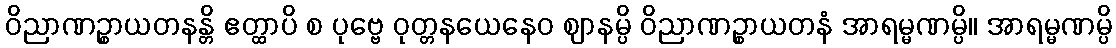
ဝိညာဏဉ္စာယတနန္တိ ဧတ္ထာပိ စ ပုဗ္ဗေ ဝုတ္တနယေနေဝ ဈာနမ္ပိ ဝိညာဏဉ္စာယတနံ အာရမ္မဏမ္ပိ။ အာရမ္မဏမ္ပိ